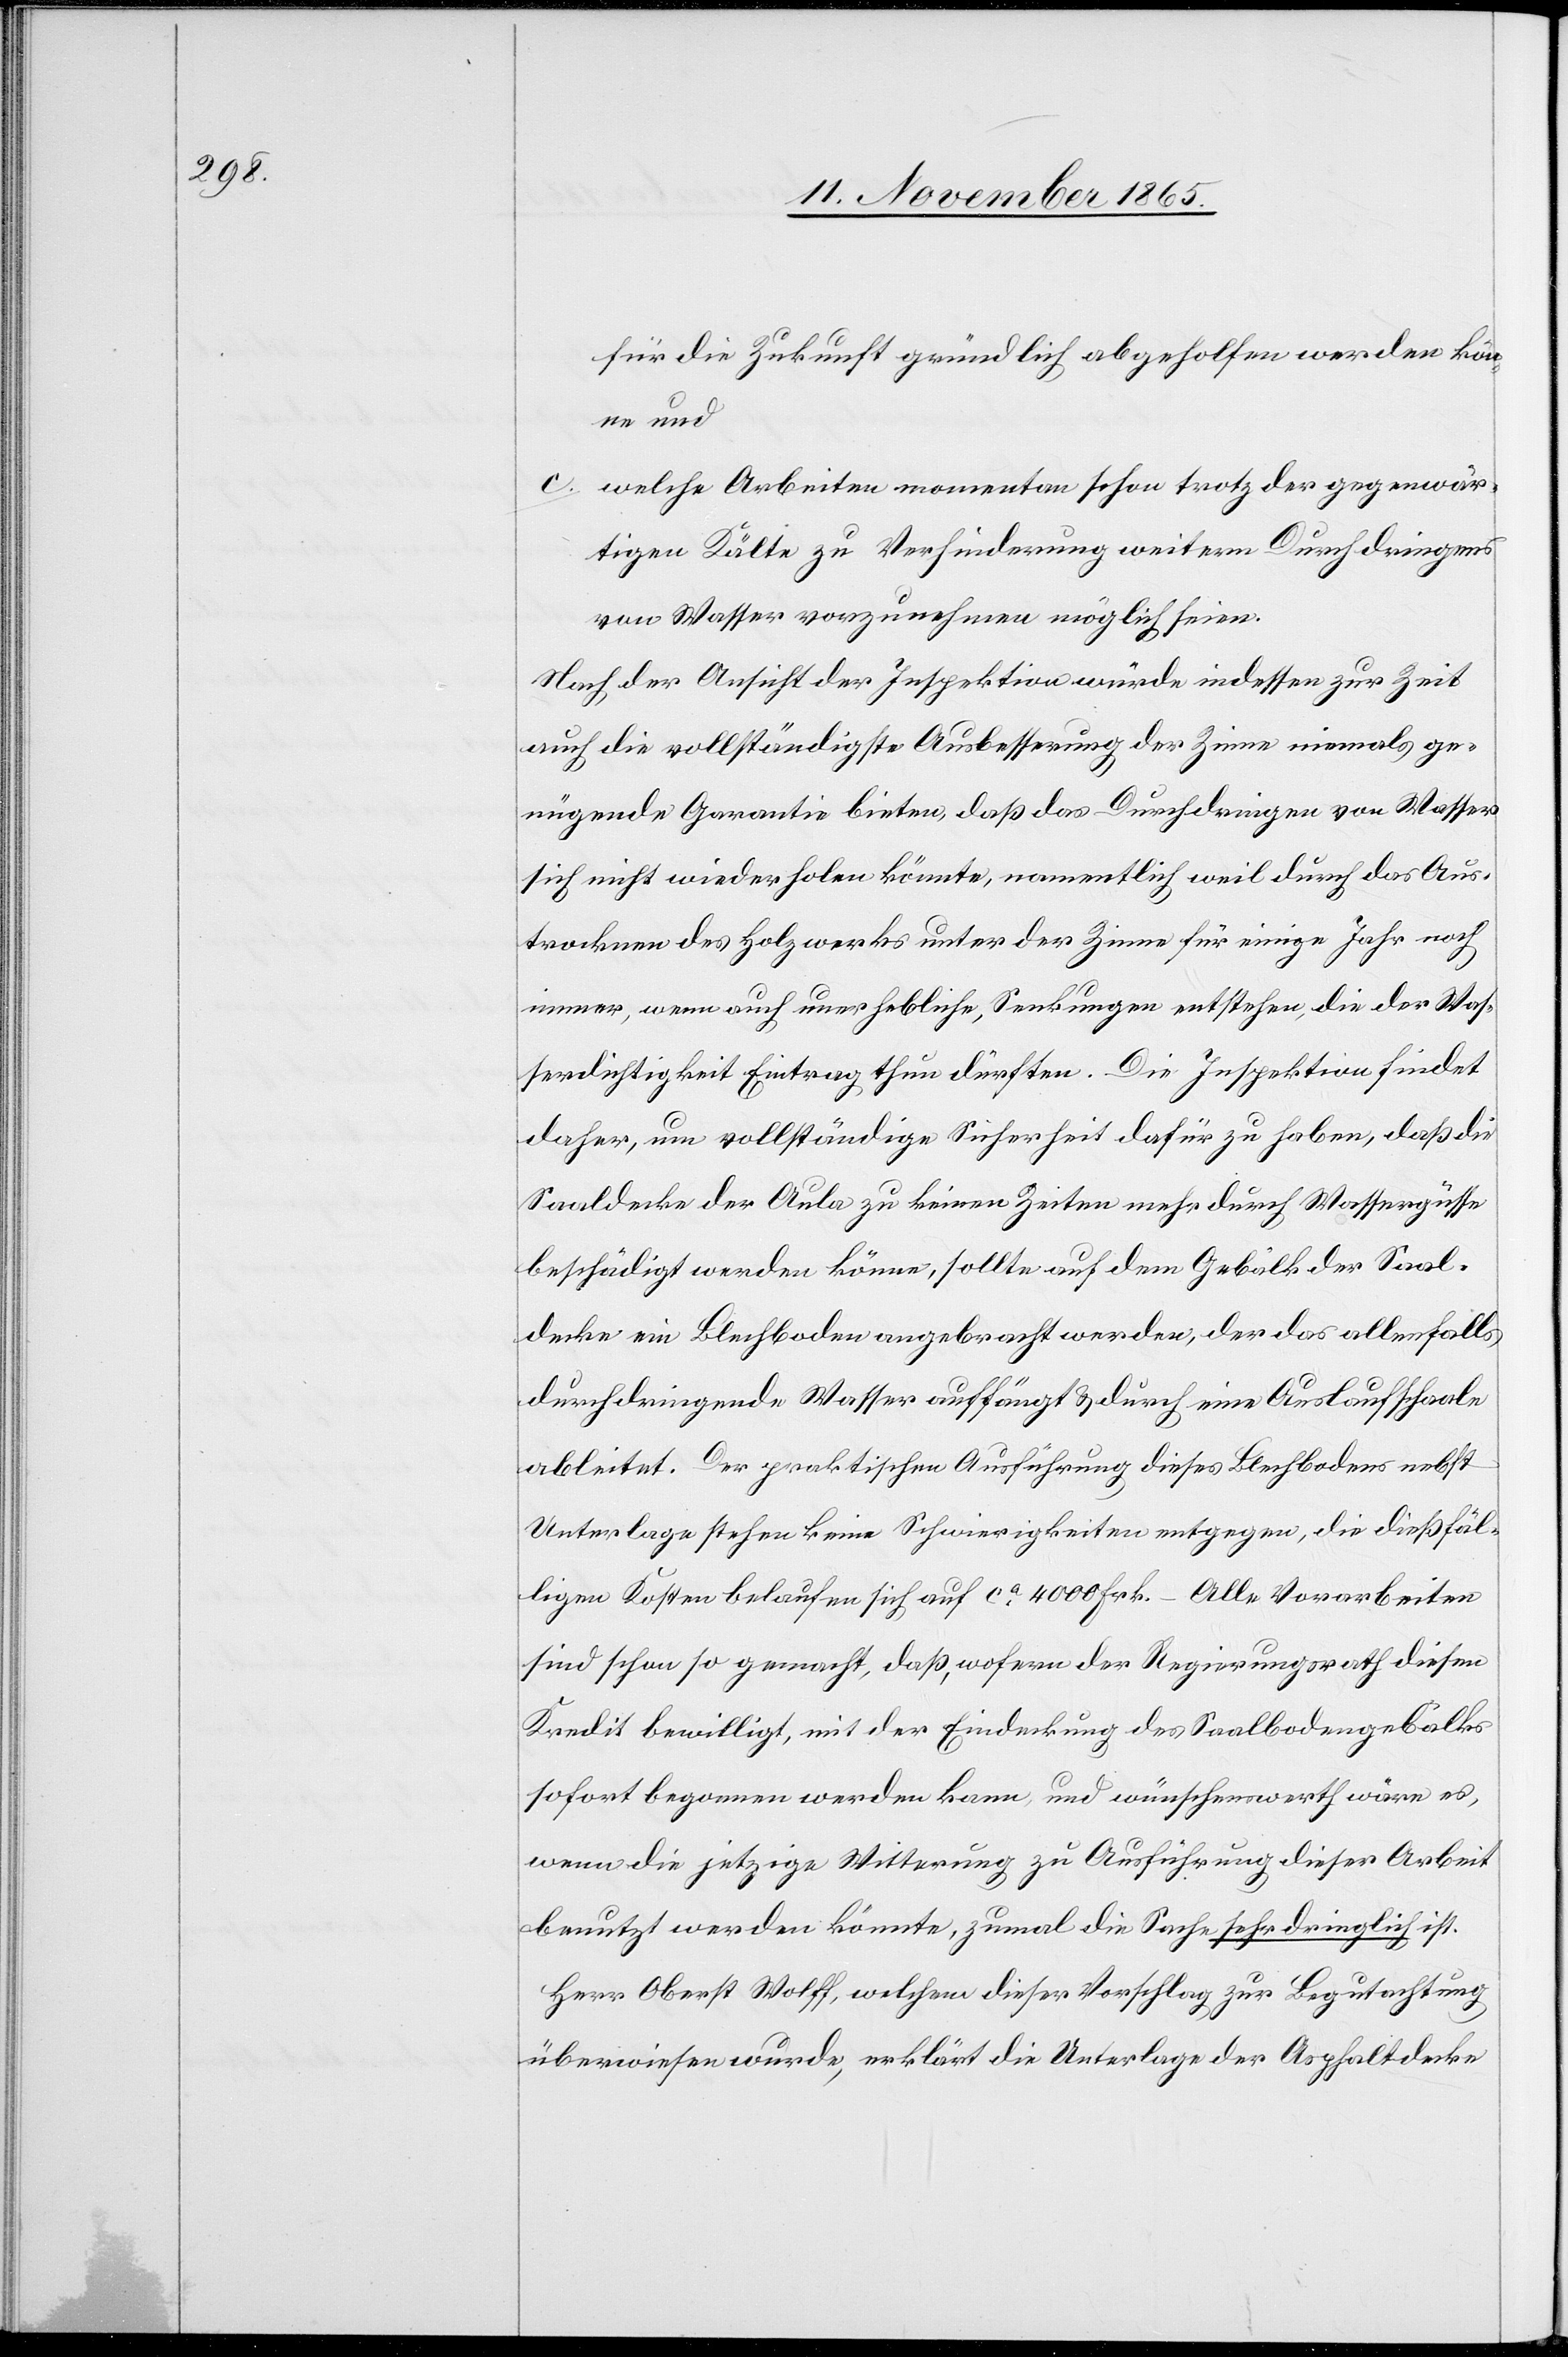
für die Zukunft gründlich abgeholfen werden kön¬
ne und
c. welche Arbeiten momentan schon trotz der gegenwär¬
tigen Kälte zu Verhinderung weitern Durchdringens
von Wasser vorzunehmen möglich seien.
Nach der Ansicht der Inspektion würde indessen zur Zeit
auch die vollständigste Ausbesserung der Zinne niemals ge¬
nügende Garantie bieten, daß das Durchdringen von Wasser
sich nicht wiederholen könnte, namentlich weil durch das Aus¬
trocknen des Holzwerks unter der Zinne für einige Jahr noch
immer, wenn auch unerhebliche, Senkungen entstehen, die der Was¬
serdichtigkeit Eintrag thun dürften. Die Inspektion findet
daher, um vollständige Sicherheit dafür zu haben, daß die
Saaldecke der Aula zu keinen Zeiten mehr durch Wassergüsse
beschädigt werden könne, sollte auf dem Gebälk der Saal¬
decke ein Blechboden angebracht werden, der das allenfalls
durchdringende Wasser auffängt & durch eine Auslaufschaale
ableitet. Der praktischen Ausführung dieses Blechbodens nebst
Unterlage stehen keine Schwierigkeiten entgegen, die dießfäl¬
ligen Kosten belaufen sich auf ca 4000 Frk. – Alle Vorarbeiten
sind schon so gemacht, daß, wofern der Regierungsrath diesen
Kredit bewilligt, mit der Eindeckung des Saalbodengebälks
sofort begonnen werden kann, und wünschenswerth wäre es,
wenn die jetzige Witterung zur Ausführung dieser Arbeit
benutzt werden könnte, zumal die Sache sehr dringlich ist.
Herr Oberst Wolff, welchem dieser Vorschlag zur Begutachtung
überwiesen wurde, erklärt die Unterlage der Asphaltdecke